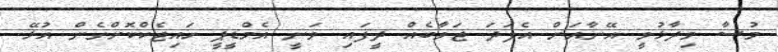
މުސާ ވިދާޅުވީ އޭނާއަށް އެފަދަ ޖަވާބެއް ދީފައި ވަނީ އެމްޑީޕީ ހައިޖެކްކޮށްގެން އުޅޭ